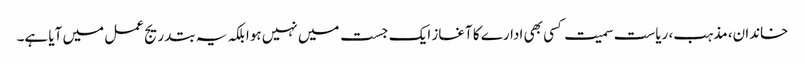
خاندان، مذہب، ریاست سمیت کسی بھی ادارے کا آغاز ایک جست میں نہیں ہوا بلکہ یہ بتدریج عمل میں آیا ہے۔